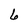
Character: 6